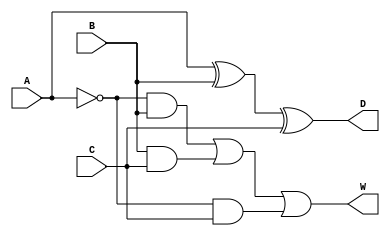
module fullsubtractor(D,W,A,B,C);
  input A,B,C;
  output D,W;
  assign D=(A^B^C);
  assign W=((~A&B)|(B&C)|(~A&C));
endmodule